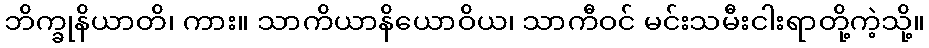
ဘိက္ခုနိယာတိ၊ ကား။ သာကိယာနိယောဝိယ၊ သာကီဝင် မင်းသမီးငါးရာတို့ကဲ့သို့။